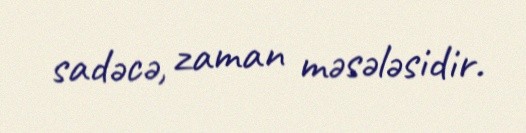
sadəcə, zaman məsələsidir.